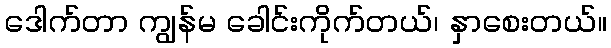
ဒေါက်တာ ကျွန်မ ခေါင်းကိုက်တယ်၊ နှာစေးတယ်။